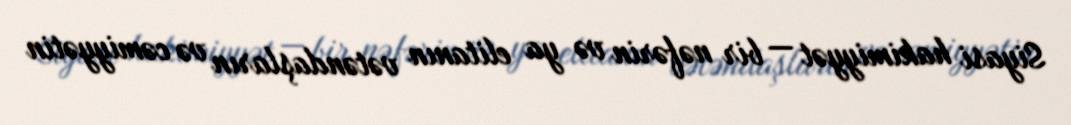
Siyasi hakimiyyət — bir nəfərin və ya elitanın vətəndaşların və cəmiyyətin